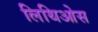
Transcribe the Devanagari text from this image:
लिथिओस